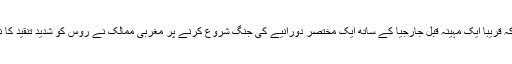
واضح رہے کہ قریبا ایک مہینہ قبل جارجیا کے ساتھ ایک مختصر دورانیے کی جنگ شروع کرنے پر مغربی ممالک نے روس کو شدید تنقید کا نشانہ بنایا تھا۔